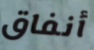
أنفاق